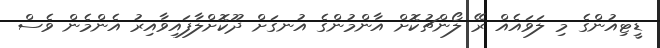
ޑީޓިއުންގެ މި ލަވައެއް ރޭ ލޯންޗުކޮށް އާންމުންގެ އުނގަށް ދޫކޮށްލާފައިވާއިރު އެންމެން ވެސް